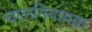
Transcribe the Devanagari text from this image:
चालनियामक